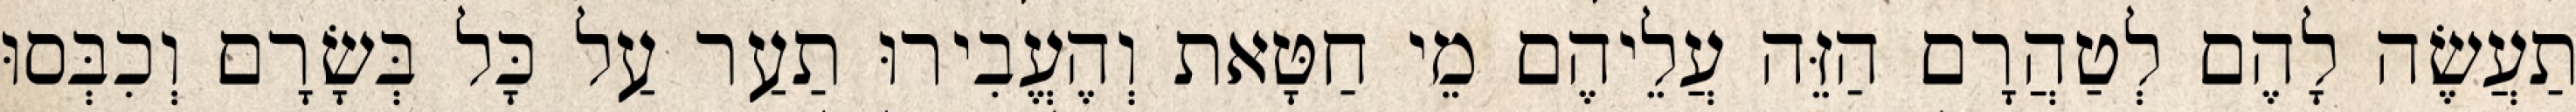
תַעֲשֶׂה לָהֶם לְטַהֲרָם הַזֵּה עֲלֵיהֶם מֵי חַטָּאת וְהֶעֱבִירוּ תַעַר עַל כָּל בְּשָׂרָם וְכִבְּסוּ